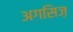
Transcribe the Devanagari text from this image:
अगसिज़